Annual statistical returns and brief notes on vaccination in Bengal - 1887-1898
Year: 1887
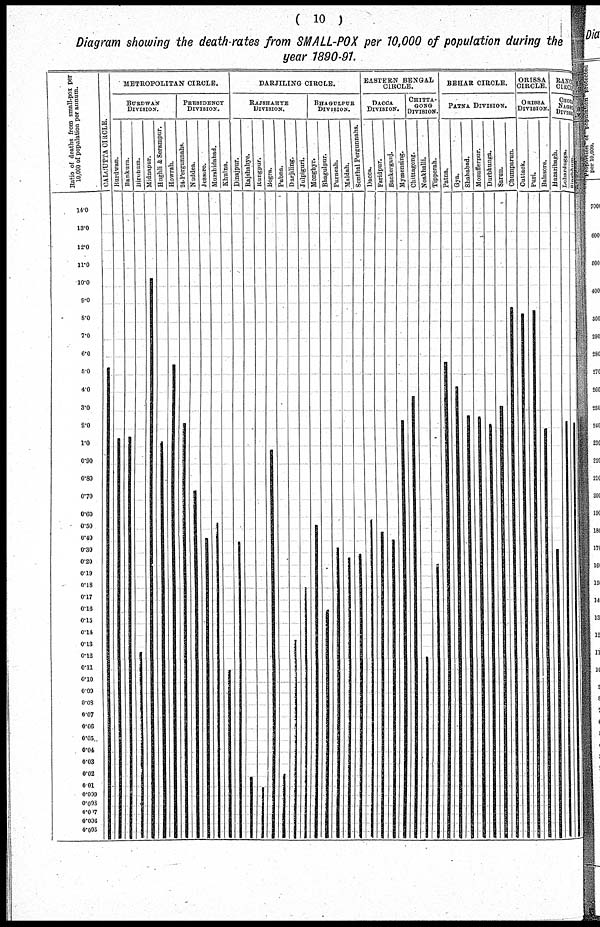
( 10 )
Diagram showing the death-rates from SMALL-POX per 10,000 of population during the
year 1890-91.